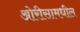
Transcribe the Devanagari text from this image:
ओरीसामधील